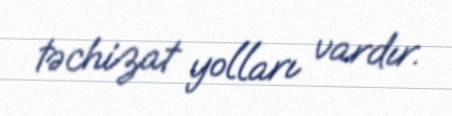
təchizat yolları vardır.